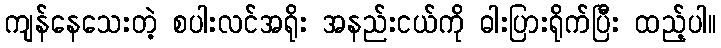
ကျန်နေသေးတဲ့ စပါးလင်အရိုး အနည်းငယ်ကို ဓါးပြားရိုက်ပြီး ထည့်ပါ။